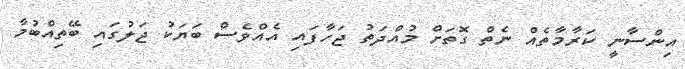
އިންސާނީ ކަރާމާތެއް ނެތް ގޮތަށް މުއްދަތު ޖަހާފައި އެއްވެސް ބަޔަކު ޖަލުގައި ބޭތިއްބުމާ